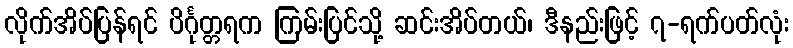
လိုက်အိပ်ပြန်ရင် ပိင်္ဂုတ္တရက ကြမ်းပြင်သို့ ဆင်းအိပ်တယ်၊ ဒီနည်းဖြင့် ၇-ရက်ပတ်လုံး